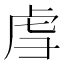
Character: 𫊞